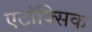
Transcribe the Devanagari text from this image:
एटॉक्सिक